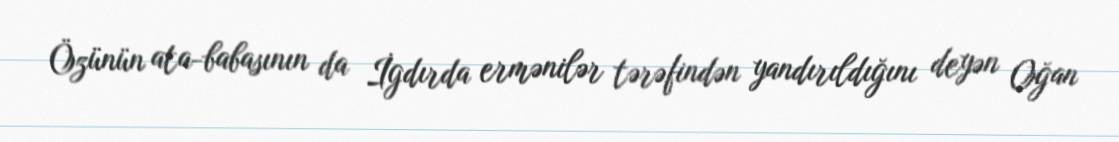
Özünün ata-babasının da İgdırda ermənilər tərəfindən yandırıldığını deyən Oğan